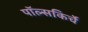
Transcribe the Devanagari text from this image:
पॉल्सकिर्चे